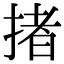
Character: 㨋